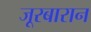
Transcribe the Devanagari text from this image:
जूरबारान